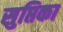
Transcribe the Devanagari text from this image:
सुप्तिका